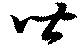
皆